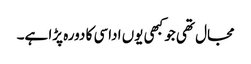
مجال تھی جو کبھی یوں اداسی کا دورہ پڑا ہے۔